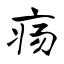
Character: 疡